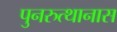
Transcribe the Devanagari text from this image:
पुनरुत्थानास